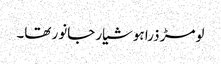
لومڑ ذرا ہوشیار جانور تھا۔